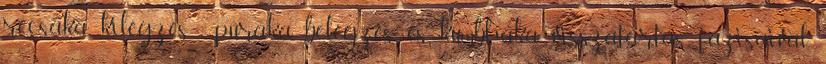
récsaka kilégzés , púraka belégzés és kumbhaka visszatartás fázisaival.